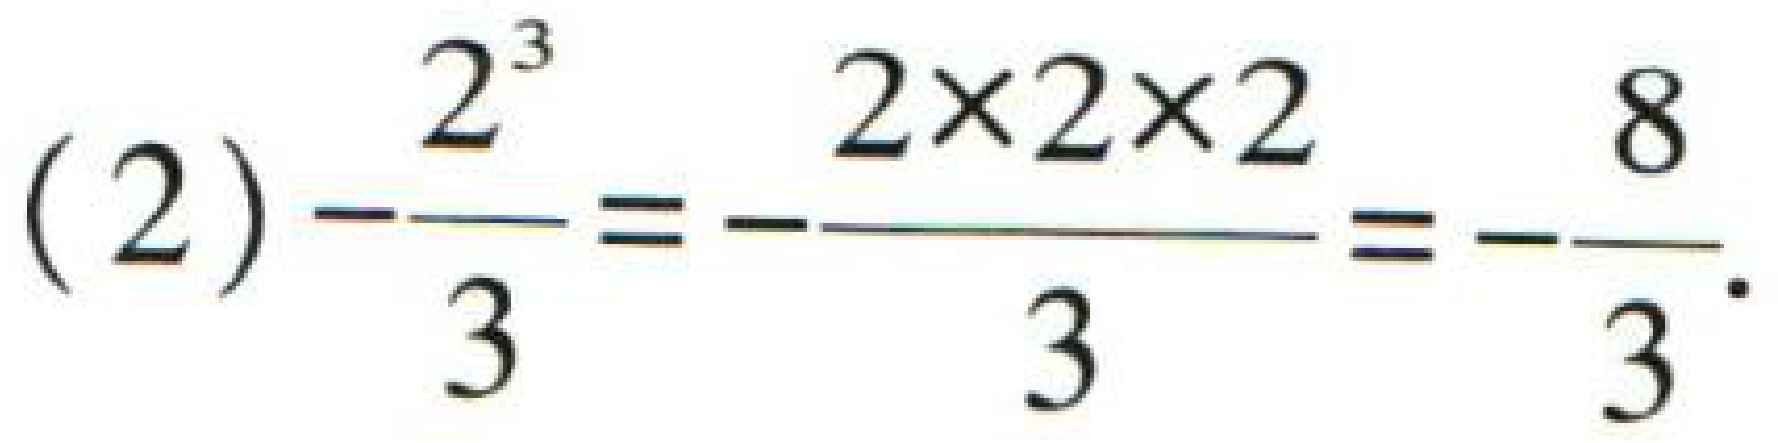
(2) \(\frac{2^{3}}{3}=\frac{2\times2\times2}{3}=\frac{8}{3}\)